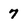
Character: 7